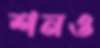
শনও